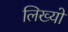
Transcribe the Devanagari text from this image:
लिख्‍यो